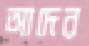
আদের